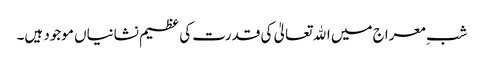
شبِ معراج میں اﷲ تعالیٰ کی قدرت کی عظیم نشانیاں موجود ہیں۔